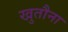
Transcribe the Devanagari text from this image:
खुतौना